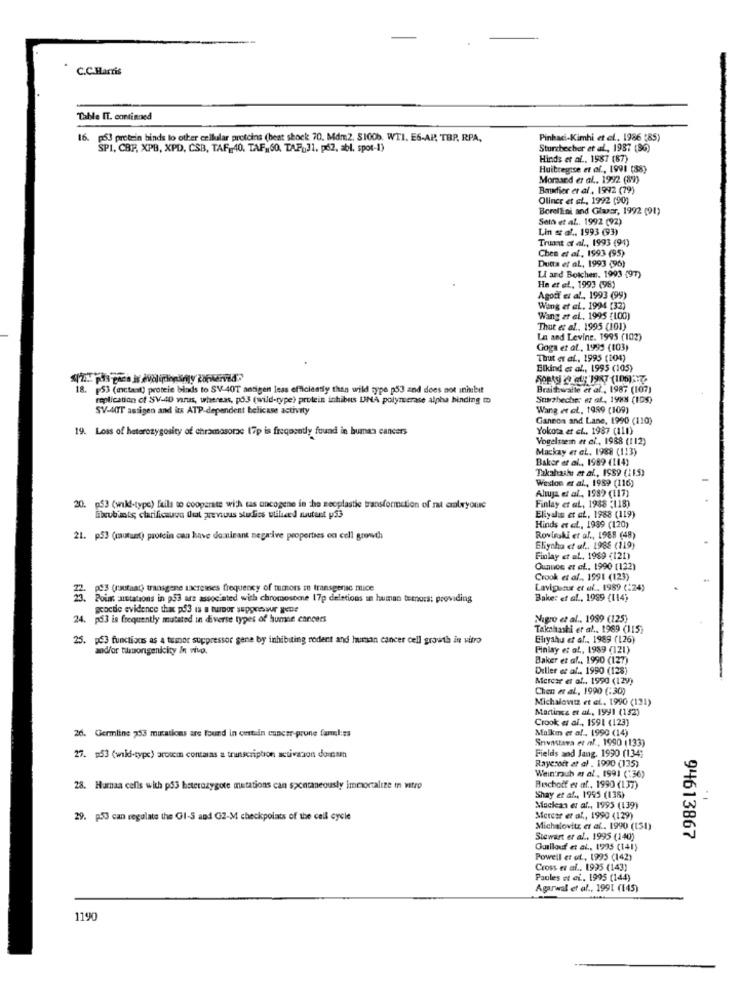
C.C.Harris
Table IT. continued
16. 53 protein binds lo other cellular proteins (heat shock 70. Mdm2. $100b. WTI. E6-AP TBP, RPA,
Pinhaci-Kimhi et al. 1986 (85)
SP1, CBP, XPB, XPD, CSB, TAF,40. TAF ,, 60. TAP ,, 31. p62, abl, spot-1)
Sturzbecher et al, 1987 (86)
Hinds et al ., 1987 (87)
Huitregise et of ., 1991 (88)
Momsand et al ., 1992 (89)
Boudier et al, 1992 (79)
Oliner et al ., 1992 (90)
BorelEni and Glassr, 1992 (91)
Solo et al. 1992 (92)
Lin st af .. 1993 (93)
Truant of al ., 1993 (91)
Chen et al, 1993 (95)
Dutta et al ., 1993 (96)
LI and Boichen, 1993 (97)
He et el, 1993 (98)
Agoff et al ., 1993 (99)
Wing et al. 1994 [32)
Wang ar el. 1995 (100)
Thut et al ., 1995 (101)
La and Levine. 1995 (102)
Goga et al, 1995 (103)
Thut et al. 1995 (104)
Elkind et al ., 1995 (105)
18. 53 (aw:tat) protein binds to SV-40T antigen less efficiently than wild type p53 and does not inhibit
Braithwaite er al , 1987 (107)
replication of SV-40 virus, whereas, på3 (wild-type) protein inhibis LINA polymerase alpha binding
Susthecher et at, 1988 (105)
SV-40T antigen and its ATP-dependent belicase activity
Wang et al. 1989 (109)
Gannon and Lane, 1990 (110)
19. Loss of heterozygosity of chromosorac 17p is frequently found in human cancers
Yokota at ci .. 1987 (111)
Vogelssein et al ., 1988 (112)
Mackay er GL. 1988 (113)
Baker et al ., 1989 (114)
Takahashi et al ., 1989 (115)
Weston et al ., 1989 (116)
Ahuja et al ., 1989 (117)
20. 053 (wikl-type) fails to cooperate with cas oncogene in the seoplastie transformation of rat cralryoure
Finlay et al, 1938 :118)
hikubunts clarificauun that previous studies utiliced suutant p53
Eliyalın et af, 1988 (119)
Hinds et al, 1989 (120)
21. p53 (mautunt) protein can have dominant negative properties on cell growth
Roviraki er al ., 1988 (48)
Eliyaha et al ., 1988 (119)
Finlay et al ., 1989 (121)
Ounuos et al. 1990 (132)
Crook et al ., 1991 (123)
pe3 (rautaad) transgene sacremes frequency of tumors in transgenic mice
Lavig aux et al .. 1989 (:24)
23. Pour mutations in p53 are associated with chromosome 17p deletions in human temors: providing
Baker et al ., 1989 (114)
geoctic evidence thax p53 is a turpor suppressur gene
24. p53 is frequently mutated in diverse types of humne cancers
Nagro et al ., 1989 (125)
Takahashi et al .. 1989 (115)
25. p53 functions as 4 tumor suppressor gene by inhibiting rodent and hursan cancer cell growth in vitro
Eliyahu et al ., 1989 (126)
and/or tumongenicity In vivo.
Piniay et al ., 1989 (121)
Baker er af .. 1990 (127)
Diller et al ., 1990 (128)
Mercer et al ., 1990 (129)
Chen et al, 1990 (:30)
Michalovtz et el. 1990 (121)
Martings et al ., 1991 (132)
Crook et al ., 1591 (123)
Malkm et al ., 1990 (14)
26. Germline 253 mutations are found in certain cancer-prone fart:ss
Snvastava et al ., 1990 (133)
27. 53 (wild-type) arosem contaras a transcription activaton domam
Fields and Jang. 1990 (134;
Rayeroft at al . 1990 (135)
Wein rauh # al ., 1991 (:36)
28. Humaa cells with p33 heterozygote mutations can spontaneously imexoccalize in vitro
Bischoff et al ., 1990 (137)
Shay et af ., 1995 (138)
Moclean er al ., 1995 (139)
29. p50 can regulate the Gl-S and G2-M checkpoints of the cell cycle
Mercer et al ., 1990 (129)
Michalovitz et al. 1990 (151)
94613867
Stewart er al .. 1995 (140)
Guillouf et al ., 1995 (141)
Powell et at ., 1995 (142)
Cross es af .. 1995 (143)
Poules et ef. 1995 (144)
Agarwal et al ., 1991 (145)
11.90